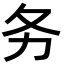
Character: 务